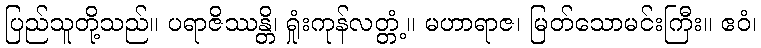
ပြည်သူတို့သည်။ ပရာဇိဿန္တိ၊ ရှုံးကုန်လတ္တံ့။ မဟာရာဇ၊ မြတ်သောမင်းကြီး။ ဧဝံ၊